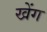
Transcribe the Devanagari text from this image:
खेंग